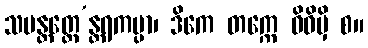
သမန္တတ္ထေ’န္တရကပ္ပာ၊ ဒိကေ တက္ကေ ဝိဓိမှိ စ။